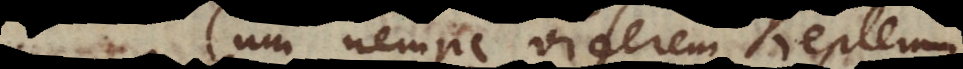
Cum nempe viderem Keplerum